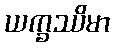
ယက္ခဿိမာ